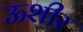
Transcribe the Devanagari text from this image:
ऊशीर